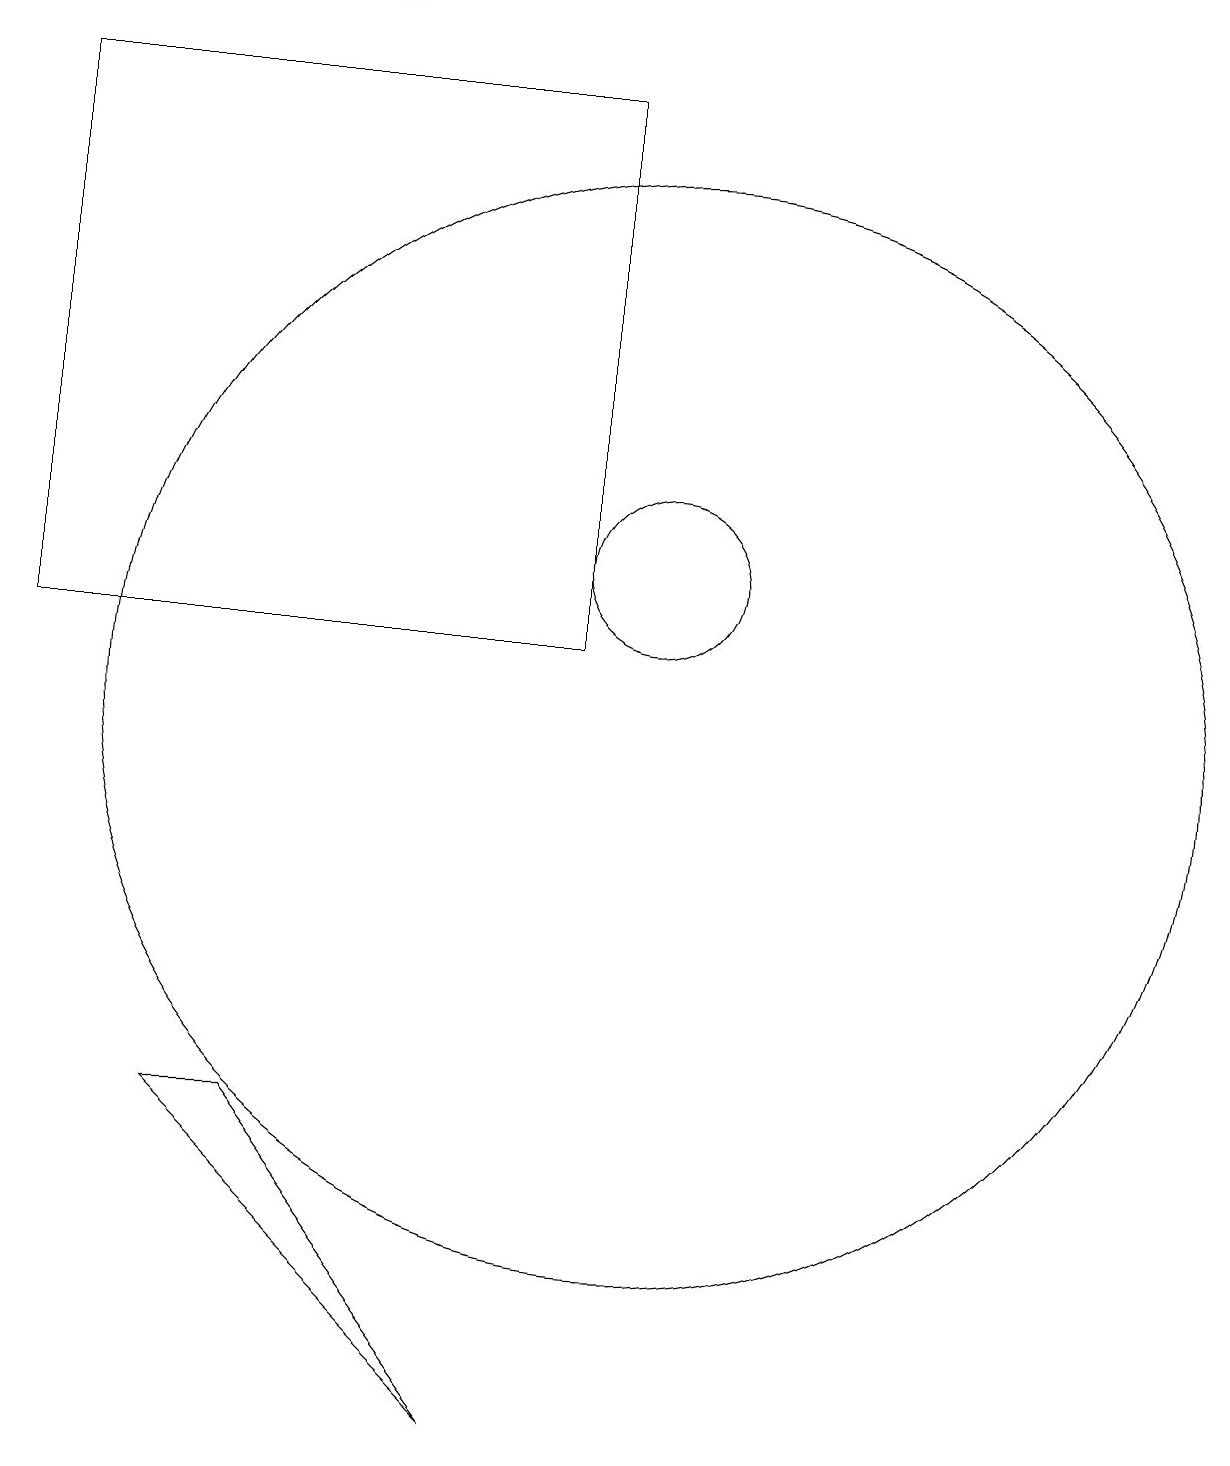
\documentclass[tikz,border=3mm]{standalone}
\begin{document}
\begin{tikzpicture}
\draw (5,5) -- (4,5) -- (8,1) -- cycle;
\draw (6,19) rectangle (3,19);
\draw (2,18) rectangle (9,11);
\draw (10,12) circle (1);
\draw (10,10) circle (7);
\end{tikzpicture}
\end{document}